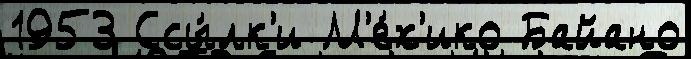
1953 Ссы́лк'и М'е́х'ико Байано